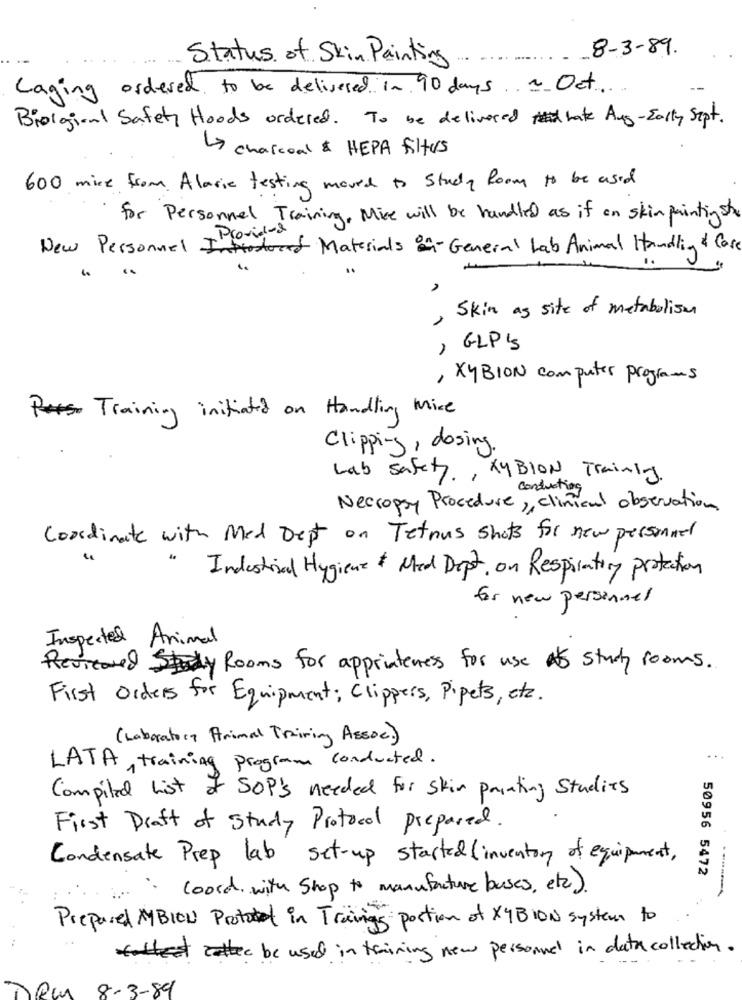
8-3-89.
Status of Skin Painting
Caging ordered to be delivered in 90 days . Oct.
Biological Safety Hoods ordered. To be delivered hate Aug-Early Sept.
charcoal & HEPA filtrs
600 mire from Alaric testing moved to study Room to be used
for Personnel Training, Mise will be handled as if on skin painting she
* Provided
New Personnel Introduced Materials in- General Lab Animal Handling & Cose
, Skin as site of metabolism
, GLPIS
, XyBION computer programs
Training initiated on Handling Mice
Clipping, dosing.
Lab safety, AyBION Trainly.
conducting
Necropsy Procedure, clinical observation
Coordinate with Med Dept on Tetnus shots for new personnel
Industrial Hygiene & Med Dept. on Respiratory protection
for new personnel
Inspected Animal
Reviewed Study Rooms for apprinteress for use a study rooms.
First Orders for Equipment; Clippers, Pipets, etc.
(Laboratory Animal Training Assoc)
...
LATA, training program conducted.
Compiled list of SOP'S needed for skin painting Studies
First Draft of Study Protocol prepared.
Condensate Prep lab set-up started (inventory of equipment,
50956 5472
. coord, with Shop to manufacture buses, etc).
Prepared MBIOU Protocol in Tracing's portion of XYBION system to
at catter be used in training new personnel in data collection.
8-3-89